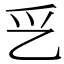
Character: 㐍